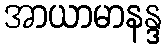
အာယာမာနန္ဒ